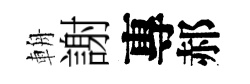
輈謝專郝